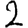
Digit: 2